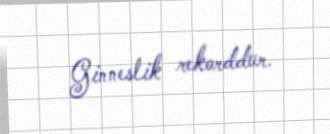
Ginneslik rekorddur.